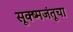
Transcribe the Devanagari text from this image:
सूक्ष्मजंतूचा